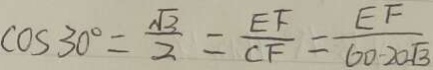
\cos 3 0 ^ { \circ } = \frac { \sqrt { 3 } } { 2 } = \frac { E F } { C F } = \frac { E F } { 6 0 \cdot 2 0 \sqrt { 3 } }